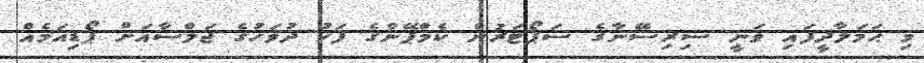
މި ޙަމަލާދީފައި ވަނީ ސިރިސޭނާގެ ސަޕޯޓަރުން ކެމްޕޭންގެ ފަހު ދުވަހުގެ ޖަލްސާއަށް ޕޯޑިއަމެއް